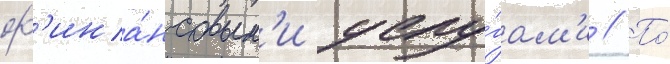
ф'ина́нсовым'и услу́гам'и // По́